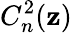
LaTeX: C_{n}^{2}(\mathbf{z})